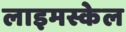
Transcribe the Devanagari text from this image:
लाइमस्केल